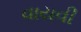
વાયવી